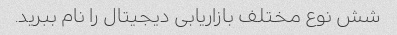
شش نوع مختلف بازاریابی دیجیتال را نام ببرید.